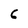
Character: 6